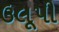
ઉલૂપી